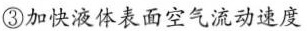
③加快液体表面空气流动速度